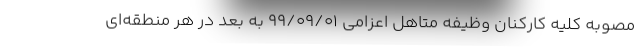
مصوبه کلیه کارکنان وظیفه متاهل اعزامی ۹۹/۰۹/۰۱ به بعد در هر منطقه‌ای